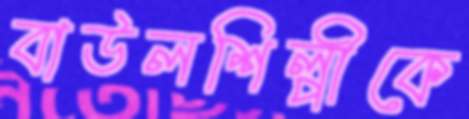
বাউলশিল্পীকে